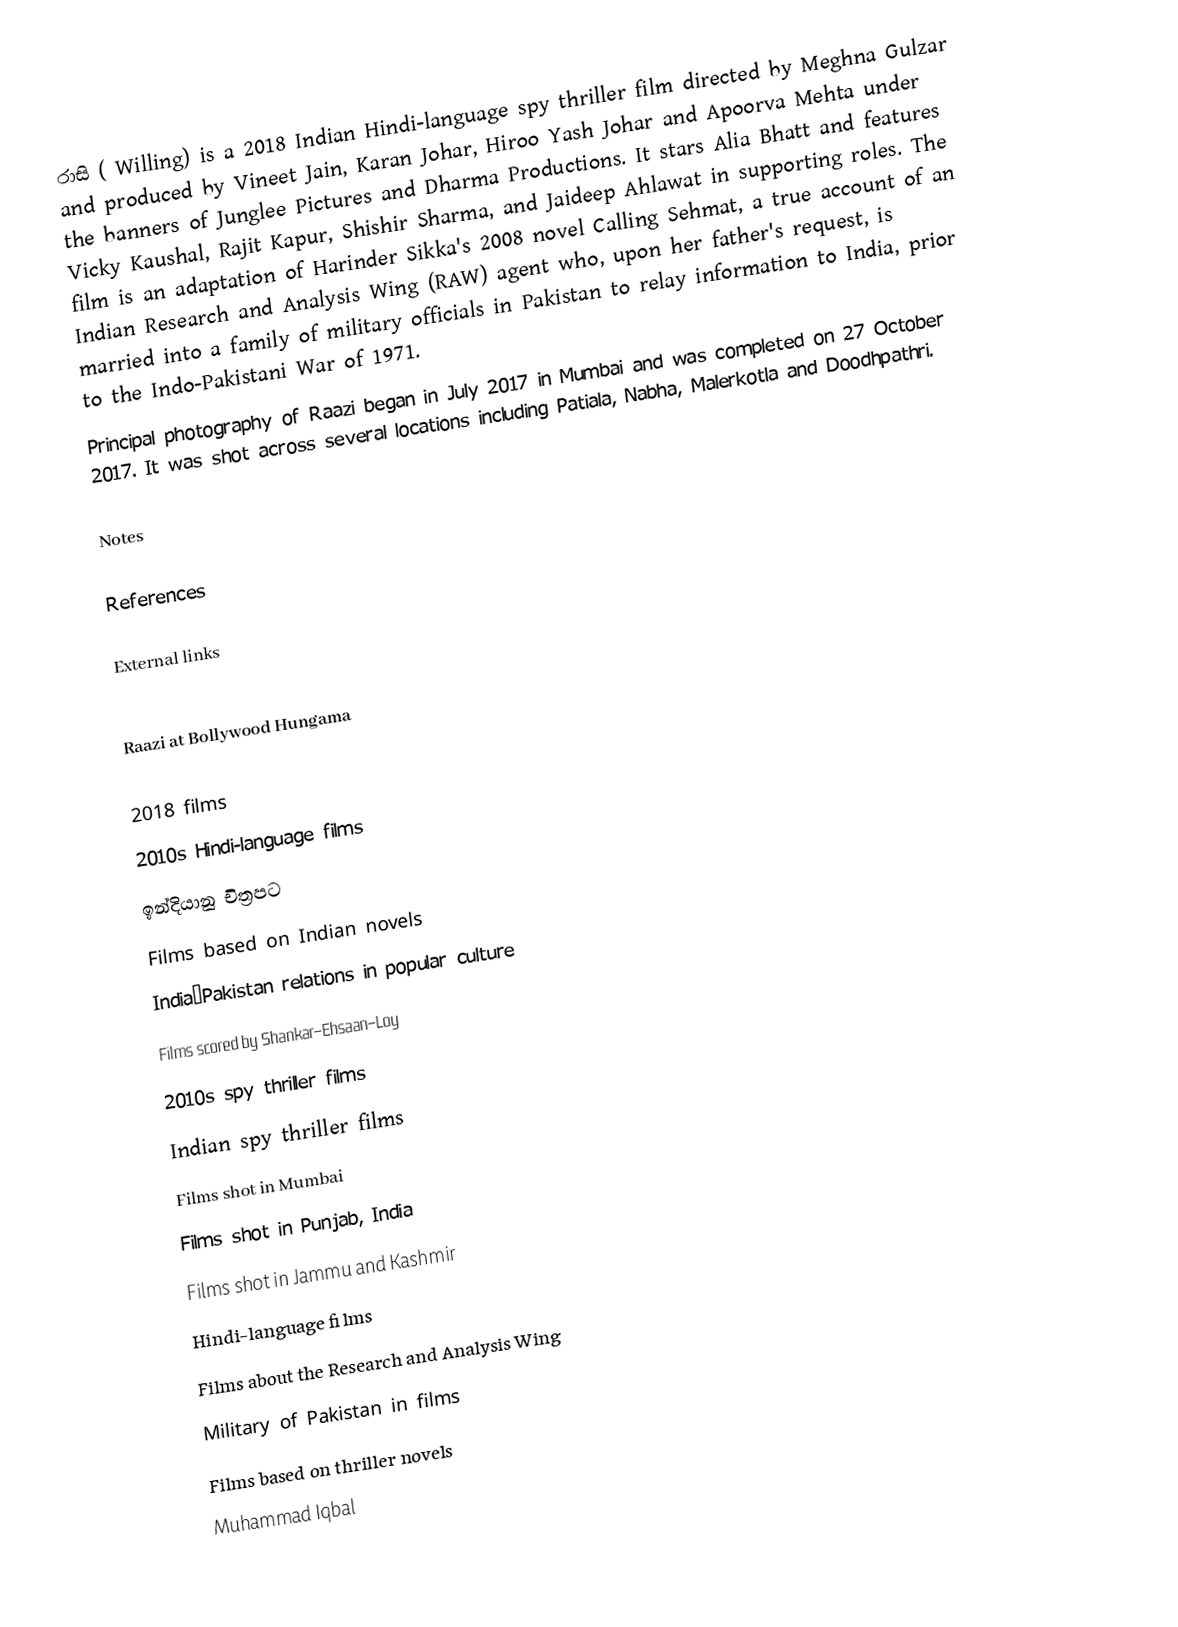
රාසි ( Willing) is a 2018 Indian Hindi-language spy thriller film directed by Meghna Gulzar and produced by Vineet Jain, Karan Johar, Hiroo Yash Johar and Apoorva Mehta under the banners of Junglee Pictures and Dharma Productions. It stars Alia Bhatt and features Vicky Kaushal, Rajit Kapur, Shishir Sharma, and Jaideep Ahlawat in supporting roles. The film is an adaptation of Harinder Sikka's 2008 novel Calling Sehmat, a true account of an Indian Research and Analysis Wing (RAW) agent who, upon her father's request, is married into a family of military officials in Pakistan to relay information to India, prior to the Indo-Pakistani War of 1971.
Principal photography of Raazi began in July 2017 in Mumbai and was completed on 27 October 2017. It was shot across several locations including Patiala, Nabha, Malerkotla and Doodhpathri.

Notes

References

External links

 Raazi at Bollywood Hungama

2018 films
2010s Hindi-language films
ඉන්දියානු චිත්‍රපට
Films based on Indian novels
India–Pakistan relations in popular culture
Films scored by Shankar–Ehsaan–Loy
2010s spy thriller films
Indian spy thriller films
Films shot in Mumbai
Films shot in Punjab, India
Films shot in Jammu and Kashmir
Hindi-language films
Films about the Research and Analysis Wing
Military of Pakistan in films
Films based on thriller novels
Muhammad Iqbal